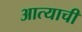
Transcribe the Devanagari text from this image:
आत्याची